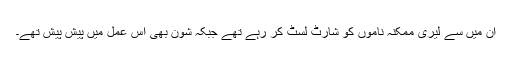
ان میں سے لیری ممکنہ ناموں کو شارٹ لسٹ کر رہے تھے جبکہ شون بھی اس عمل میں پیش پیش تھے۔